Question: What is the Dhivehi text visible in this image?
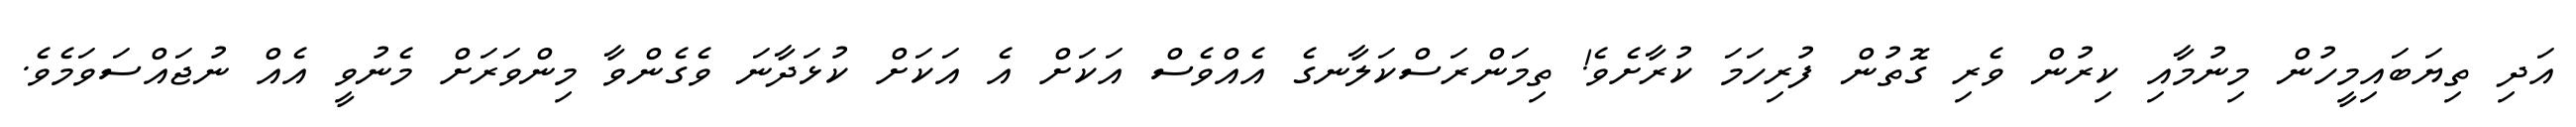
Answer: އަދި ތިޔަބައިމީހުން މިނުމާއި ކިރުން ވެރި ގޮތުން ފުރިހަމަ ކުރާށެވެ! ތިމަންރަސްކަލާނގެ އެއްވެސް އަކަށް އެ އަކަށް ކުޅަދާނަ ވެގެންވާ މިންވަރަށް މެނުވީ އެއް ނުޖައްސަވަމެވެ.